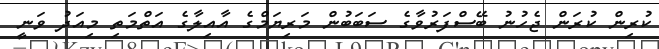
ކުރިން ކުރަން ޖެހުނު ބޭސްފަރުވާގެ ސަބަބުން މަރިޔަމްގެ އާއިލާގެ އަތްމަތި މިއަދު ވަނީ